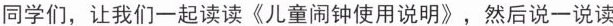
同学们，让我们一起读读《儿童闹钟使用说明》，然后说一说读